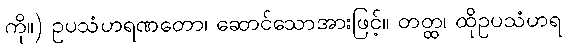
ကို။) ဥပသံဟရဏတော၊ ဆောင်သောအားဖြင့်။ တတ္ထ၊ ထိုဥပသံဟရ